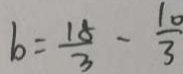
b = \frac { 1 8 } { 3 } - \frac { 1 0 } { 3 }